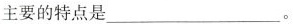
主要的特点是___。